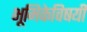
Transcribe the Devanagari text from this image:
भूमिकेविषयी